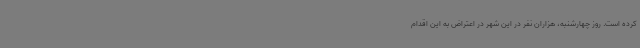
کرده است. روز چهارشنبه، هزاران نفر در این شهر در اعتراض به این اقدام